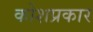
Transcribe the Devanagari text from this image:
कोशप्रकार